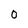
Character: 0